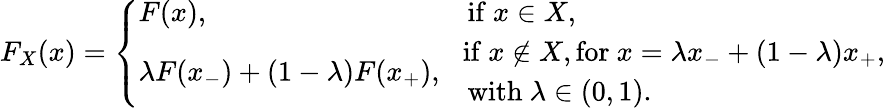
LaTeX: F_{X}(x)=\left\{ \begin{array}{ll}{F(x),}&{\mathrm{if~}x\in X,}\\ {\lambda F(x_{-})+(1-\lambda)F(x_{+}),}&{\begin{array}{l}{\! \mathrm{if~}x\notin X,\mathrm{for~}x=\lambda x_{-}+(1-\lambda)x_{+},}\\ {\mathrm{with~}\lambda\in(0,1).}\end{array}}\end{array}\right.